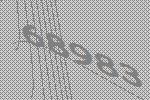
68983